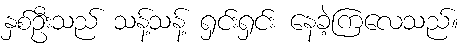
နှစ်ဦးသည် သန့်သန့် ရှင်းရှင်း နေခဲ့ကြလေသည်။